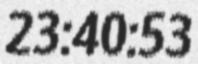
23:40:53